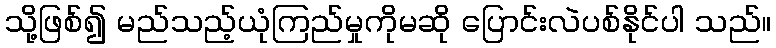
သို့ဖြစ်၍ မည်သည့်ယုံကြည်မှုကိုမဆို ပြောင်းလဲပစ်နိုင်ပါ သည်။